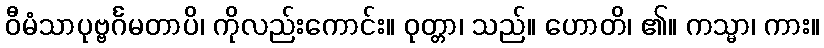
ဝီမံသာပုဗ္ဗင်္ဂမတာပိ၊ ကိုလည်းကောင်း။ ဝုတ္တာ၊ သည်။ ဟောတိ၊ ၏။ ကသ္မာ၊ ကား။